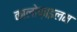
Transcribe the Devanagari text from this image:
कालोफ़ाइलम